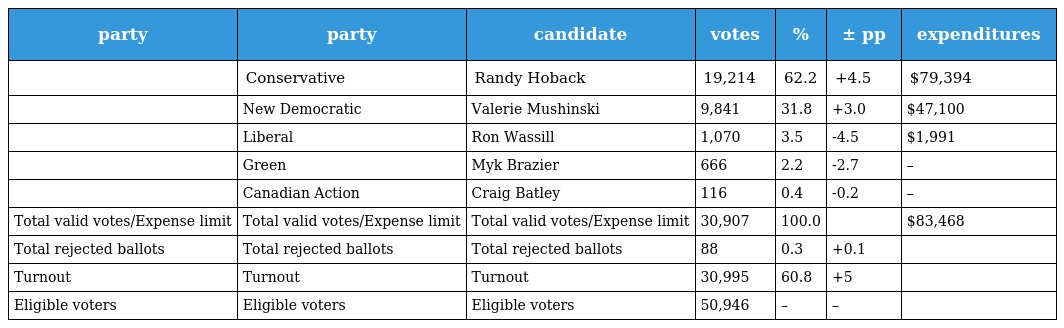
| party | party | candidate | votes | % | ± pp | expenditures |
 | --- | --- | --- | --- | --- | --- | --- |
 |  | Conservative | Randy Hoback | 19,214 | 62.2 | +4.5 | $79,394 |
 |  | New Democratic | Valerie Mushinski | 9,841 | 31.8 | +3.0 | $47,100 |
 |  | Liberal | Ron Wassill | 1,070 | 3.5 | -4.5 | $1,991 |
 |  | Green | Myk Brazier | 666 | 2.2 | -2.7 | – |
 |  | Canadian Action | Craig Batley | 116 | 0.4 | -0.2 | – |
 | Total valid votes/Expense limit | Total valid votes/Expense limit | Total valid votes/Expense limit | 30,907 | 100.0 |  | $83,468 |
 | Total rejected ballots | Total rejected ballots | Total rejected ballots | 88 | 0.3 | +0.1 |  |
 | Turnout | Turnout | Turnout | 30,995 | 60.8 | +5 |  |
 | Eligible voters | Eligible voters | Eligible voters | 50,946 | – | – |  |